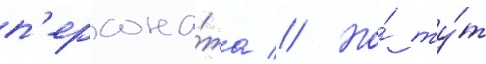
п'ерсона́жа // Но́ ту́т